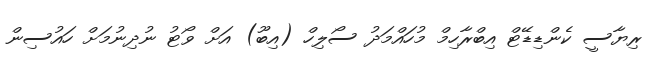
ރިޔާސީ ކެންޑިޑޭޓް އިބްރާހިމް މުހައްމަދު ސޯލިހް (އިބޫ) އަށް ވޯޓު ނުދިނުމަށް ހައުސިން